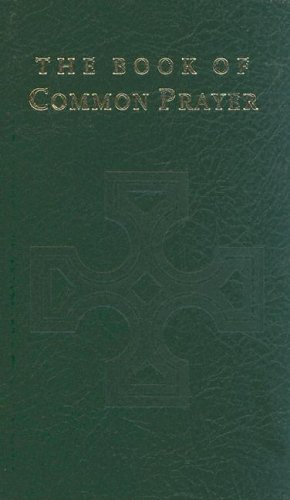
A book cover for Book of Common Prayer - Pew Edition; Church of Ireland; Christian Books & Bibles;